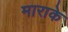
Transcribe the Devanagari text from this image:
माराके